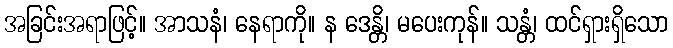
အခြင်းအရာဖြင့်။ အာသနံ၊ နေရာကို။ န ဒေန္တိ၊ မပေးကုန်။ သန္တံ၊ ထင်ရှားရှိသော